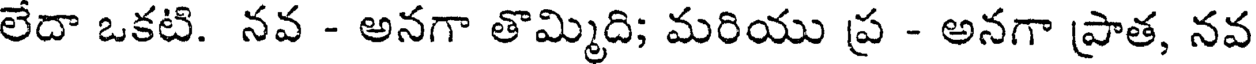
లేదా ఒకటి. నవ - అనగా తొమ్మిది; మరియు ప్ర - అనగా ప్రాత, నవ